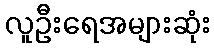
လူဦးရေအများဆုံး